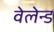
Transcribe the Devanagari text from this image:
वेलेन्ड